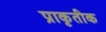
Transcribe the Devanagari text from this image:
प्राकृतीक